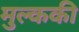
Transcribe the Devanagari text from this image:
मुल्ककी